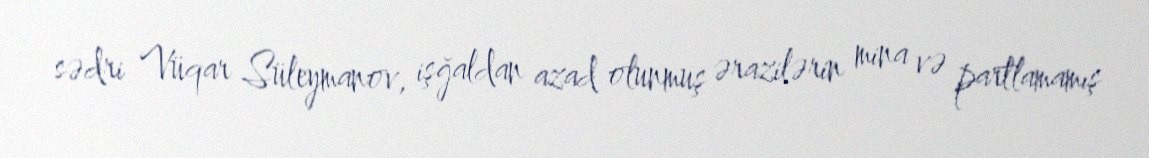
sədri Vüqar Süleymanov, işğaldan azad olunmuş ərazilərin mina və partlamamış